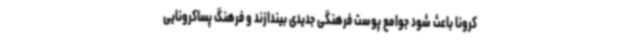
کرونا باعث شود جوامع پوست فرهنگی جدیدی بیندازند و فرهنگ پساکرونایی